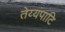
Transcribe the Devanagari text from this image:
तेय्यंपाटि